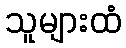
သူများထံ